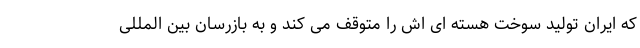
که ایران تولید سوخت هسته ای اش را متوقف می کند و به بازرسان بین المللی